Vaccination Hyderabad 1872-1889 - 1872-1889
Year: 1872
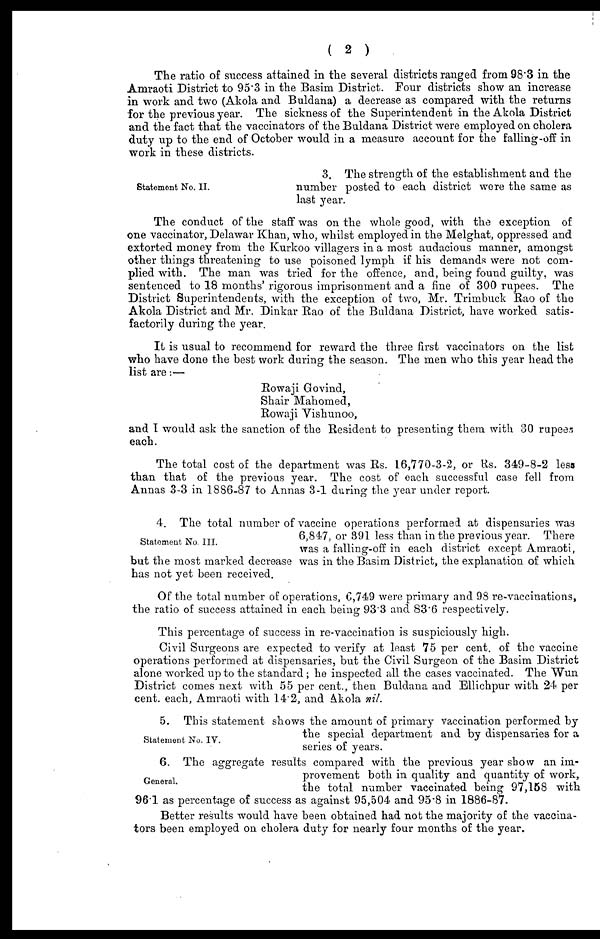
( 2 )
The ratio of success attained in the several districts ranged from 98.3 in the
Amraoti District to 95.3 in the Basim District. Four districts show an increase
in work and two (Akola and Buldana) a decrease as compared with the returns
for the previous year. The sickness of the Superintendent in the Akola District
and the fact that the vaccinators of the Buldana District were employed on cholera
duty up to the end of October would in a measure account for the falling-off in
work in these districts.
Statement No. II.
3. The strength of the establishment and the
number posted to each district were the same as
last year.
The conduct of the staff was on the whole good, with the exception of
one vaccinator, Delawar Khan, who, whilst employed in the Melghat, oppressed and
extorted money from the Kurkoo villagers in a most audacious manner, amongst
other things threatening to use poisoned lymph if his demands were not com-
plied with. The man was tried for the offence, and, being found guilty, was
sentenced to 18 months' rigorous imprisonment and a fine of 300 rupees. The
District Superintendents, with the exception of two, Mr. Trimbuck Rao of the
Akola District and Mr. Dinkar Rao of the Buldana District, have worked satis-
factorily during the year.
It is usual to recommend for reward the three first vaccinators on the list
who have done the best work during the season. The men who this year head the
list are:—
Rowaji Govind,
Shair Mahomed,
Rowaji Vishunoo,
and I would ask the sanction of the Resident to presenting them with 30 rupees
each.
The total cost of the department was Rs. 16,770-3-2, or Rs. 349-8-2 less
than that of the previous year. The cost of each successful case fell from
Annas 3-3 in 1886-87 to Annas 3-1 during the year under report.
Statement No. III.
4. The total number of vaccine operations performed at dispensaries was
6,847, or 391 less than in the previous year. There
was a falling-off in each district except Amraoti,
but the most marked decrease was in the Basim District, the explanation of which
has not yet been received.
Of the total number of operations, 6,749 were primary and 98 re-vaccinations,
the ratio of success attained in each being 93.3 and 83.6 respectively.
This percentage of success in re-vaccination is suspiciously high.
Civil Surgeons are expected to verify at least 75 per cent. of the vaccine
operations performed at dispensaries, but the Civil Surgeon of the Basim District
alone worked up to the standard; he inspected all the cases vaccinated. The Wun
District comes next with 55 per cent., then Buldana and Ellichpur with 24 per
cent. each, Amraoti with 14.2, and Akola nil.
Statement No. IV.
5. This statement shows the amount of primary vaccination performed by
the special department and by dispensaries for a
series of years.
General.
6. The aggregate results compared with the previous year show an im-
provement both in quality and quantity of work,
the total number vaccinated being 97,158 with
96.1 as percentage of success as against 95,504 and 95.8 in 1886-87.
Better results would have been obtained had not the majority of the vaccina-
tors been employed on cholera duty for nearly four months of the year.